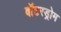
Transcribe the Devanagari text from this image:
वॉटरड्रोम